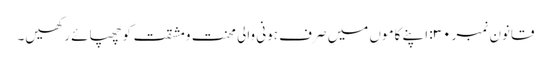
قانون نمبر ۳۰: اپنے کاموں میں صرف ہونی والی محنت ومشقت کو چھپائے رکھیں۔